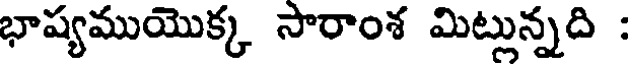
భాష్యముయొక్క సారాంశ మిట్లున్నది :